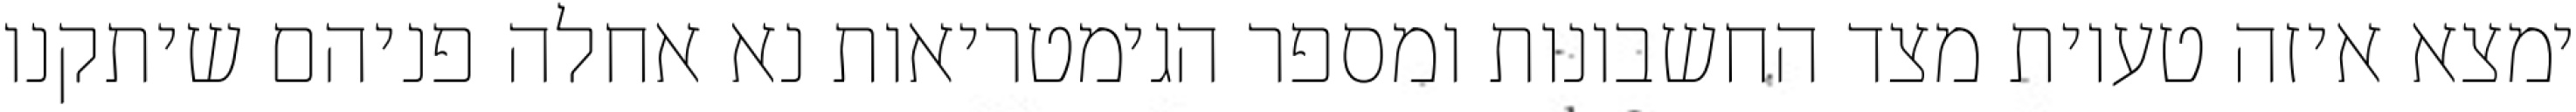
ימצא איזה טעיות מצד החשבונות ומספר הגימטריאות נא אחלה פניהם שיתקנו